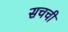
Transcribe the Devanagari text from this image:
सचची